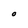
Character: O